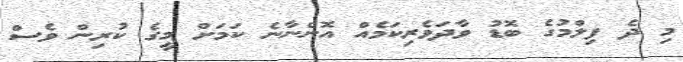
މި ދެ ފިލްމުގެ ބޮޑު ވާދަވެރިކަމެއް އޮންނާނެ ކަމަށް މީގެ ކުރިން ވެސް